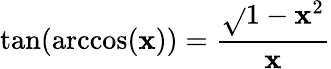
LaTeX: \tan(\operatorname{arccos}(\mathbf{x}))={\frac{{\sqrt{}{{1-\mathbf{x}^{2}}}}}{{\mathbf{x}}}}